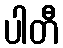
ပါတီ